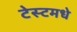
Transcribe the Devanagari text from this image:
टेस्टमधे